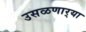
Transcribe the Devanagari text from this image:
उसळणार्‍या